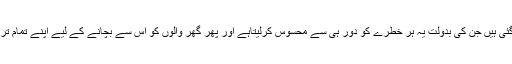
اس میں جناتی خوبیاں بھر دی گئی ہیں جن کی بدولت یہ ہر خطرے کو دور ہی سے محسوس کرلیتاہے اور پھر گھر والوں کو اُس سے بچانے کے لیے اپنے تمام تر فنکشنز استعمال میں لے آتاہے۔